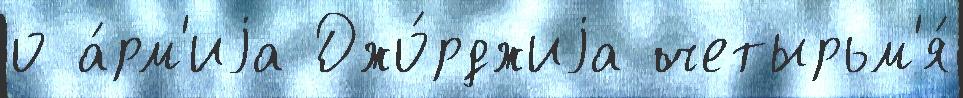
о а́рм'иjа Джо́рджиjа четырьм'я́